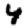
Digit: 4